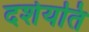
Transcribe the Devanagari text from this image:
दर्शयति